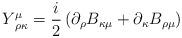
LaTeX: \begin{align*}Y_{\,\,\rho \kappa }^{\mu }=\frac{i}{2}\left( \partial _{\rho }B_{\kappa \mu}+\partial _{\kappa }B_{\rho \mu }\right)\end{align*}